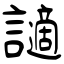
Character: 讁